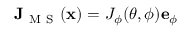
\mathbf { J } _ { \mathrm { ~ M ~ S ~ } } ( \mathbf { x } ) = J _ { \phi } ( \theta , \phi ) \mathbf { e } _ { \phi }